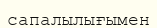
сапалылығымен